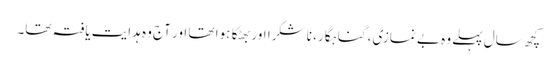
کچھ سال پہلے وہ بے نمازی، گناہگار، نا شکرا اور بھٹکا ہوا تھا اور آج وہ ہدایت یافتہ تھا۔